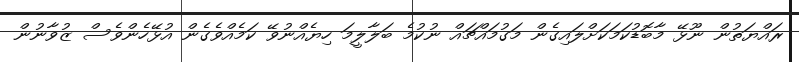
ރައްޔަތުން ނޫޅޭ މާބޮޑުކަމަކަށްލައިގެން މަގުމައްޗައް ނުކުމެ ބަލާލީމަ ހިޔެއްނުވޭ ކަމެއްވެގެން އުޅޭހެންވެސް ޒުވާނުން